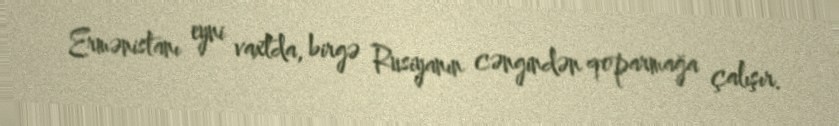
Ermənistanı eyni vaxtda, birgə Rusiyanın cəngindən qoparmağa çalışır.